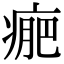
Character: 𤷂